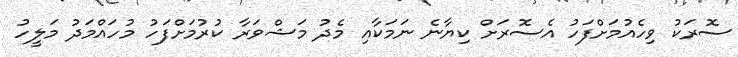
ސޮރަކު ވިހެއުމަށްފަހު އެސޮރަށް ކިޔާނެ ނަމަކާއި މެދު މަޝްވަރާ ކުރުމަށްފަހު މުހައްމަދު މަލީހު